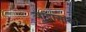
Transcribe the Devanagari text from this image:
जादासांको